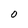
Character: O